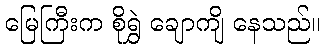
မြေကြီးက စိုရွှဲ ချောကျိ နေသည်။